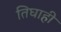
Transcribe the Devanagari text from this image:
तिघाही